Subject: eess
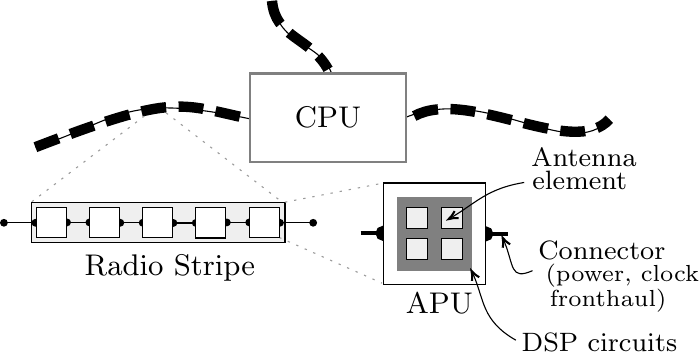
LaTeX code:
\begin{tikzpicture}[x=0.75pt,y=0.75pt,yscale=-1,xscale=1]

\draw [line width=1.5]    (349.1,145.25) -- (359.85,145.25) ;
\draw [shift={(349.1,145.25)}, rotate = 0] [color={rgb, 255:red, 0; green, 0; blue, 0 }  ][fill={rgb, 255:red, 0; green, 0; blue, 0 }  ][line width=1.5]      (0, 0) circle [x radius= 2.61, y radius= 2.61]   ;
\draw [line width=1.5]    (288.85,145) -- (299.6,145) ;
\draw [shift={(299.6,145)}, rotate = 0] [color={rgb, 255:red, 0; green, 0; blue, 0 }  ][fill={rgb, 255:red, 0; green, 0; blue, 0 }  ][line width=1.5]      (0, 0) circle [x radius= 2.61, y radius= 2.61]   ;
\draw  [fill={rgb, 255:red, 255; green, 255; blue, 255 }  ,fill opacity=1 ] (299.85,120.75) -- (348.85,120.75) -- (348.85,169.75) -- (299.85,169.75) -- cycle ;
\draw  [draw opacity=0][fill={rgb, 255:red, 128; green, 128; blue, 128 }  ,fill opacity=1 ] (306.48,127.38) -- (342.23,127.38) -- (342.23,163.13) -- (306.48,163.13) -- cycle ;
\draw [line width=3.75]  [dash pattern={on 9pt off 4.5pt}]  (132.1,103.5) .. controls (202.1,76.5) and (201.1,83) .. (238.6,90.5) ;
\draw    (132.1,103.5) .. controls (174.1,90) and (173.6,76.5) .. (238.6,90.5) ;
\draw    (308.6,90) .. controls (348.1,71.5) and (389.6,112) .. (408.6,90) ;
\draw [line width=3.75]  [dash pattern={on 9pt off 4.5pt}]  (314.6,88.5) .. controls (340.6,74.5) and (391.6,109.5) .. (408.6,90) ;
\draw    (246.1,33) .. controls (249.6,56.5) and (271.1,52) .. (275.6,70.5) ;
\draw [line width=3.75]  [dash pattern={on 9pt off 4.5pt}]  (246.1,33) .. controls (247.6,51) and (264.6,50.5) .. (273.1,66) ;
\draw  [color={rgb, 255:red, 128; green, 128; blue, 128 }  ,draw opacity=1 ][fill={rgb, 255:red, 255; green, 255; blue, 255 }  ,fill opacity=1 ][line width=0.75]  (235.6,68) -- (310.6,68) -- (310.6,110.5) -- (235.6,110.5) -- cycle ;
\draw [color={rgb, 255:red, 155; green, 155; blue, 155 }  ,draw opacity=1 ] [dash pattern={on 0.84pt off 2.51pt}]  (195.1,87) -- (252.35,131) ;
\draw [color={rgb, 255:red, 155; green, 155; blue, 155 }  ,draw opacity=1 ] [dash pattern={on 0.84pt off 2.51pt}]  (184.6,88.5) -- (130.1,130) ;
\draw  [fill={rgb, 255:red, 239; green, 239; blue, 239 }  ,fill opacity=1 ] (130.1,130) -- (252.35,130) -- (252.35,149.5) -- (130.1,149.5) -- cycle ;
\draw    (147.35,139.75) -- (158.1,139.75) ;
\draw [shift={(158.1,139.75)}, rotate = 0] [color={rgb, 255:red, 0; green, 0; blue, 0 }  ][fill={rgb, 255:red, 0; green, 0; blue, 0 }  ][line width=0.75]      (0, 0) circle [x radius= 1.34, y radius= 1.34]   ;
\draw [shift={(147.35,139.75)}, rotate = 0] [color={rgb, 255:red, 0; green, 0; blue, 0 }  ][fill={rgb, 255:red, 0; green, 0; blue, 0 }  ][line width=0.75]      (0, 0) circle [x radius= 1.34, y radius= 1.34]   ;
\draw    (173.02,139.92) -- (183.77,139.92) ;
\draw [shift={(183.77,139.92)}, rotate = 0] [color={rgb, 255:red, 0; green, 0; blue, 0 }  ][fill={rgb, 255:red, 0; green, 0; blue, 0 }  ][line width=0.75]      (0, 0) circle [x radius= 1.34, y radius= 1.34]   ;
\draw [shift={(173.02,139.92)}, rotate = 0] [color={rgb, 255:red, 0; green, 0; blue, 0 }  ][fill={rgb, 255:red, 0; green, 0; blue, 0 }  ][line width=0.75]      (0, 0) circle [x radius= 1.34, y radius= 1.34]   ;
\draw    (198.6,140) -- (209.35,140) ;
\draw [shift={(209.35,140)}, rotate = 0] [color={rgb, 255:red, 0; green, 0; blue, 0 }  ][fill={rgb, 255:red, 0; green, 0; blue, 0 }  ][line width=0.75]      (0, 0) circle [x radius= 1.34, y radius= 1.34]   ;
\draw [shift={(198.6,140)}, rotate = 0] [color={rgb, 255:red, 0; green, 0; blue, 0 }  ][fill={rgb, 255:red, 0; green, 0; blue, 0 }  ][line width=0.75]      (0, 0) circle [x radius= 1.34, y radius= 1.34]   ;
\draw    (224.35,139.75) -- (235.1,139.75) ;
\draw [shift={(235.1,139.75)}, rotate = 0] [color={rgb, 255:red, 0; green, 0; blue, 0 }  ][fill={rgb, 255:red, 0; green, 0; blue, 0 }  ][line width=0.75]      (0, 0) circle [x radius= 1.34, y radius= 1.34]   ;
\draw [shift={(224.35,139.75)}, rotate = 0] [color={rgb, 255:red, 0; green, 0; blue, 0 }  ][fill={rgb, 255:red, 0; green, 0; blue, 0 }  ][line width=0.75]      (0, 0) circle [x radius= 1.34, y radius= 1.34]   ;
\draw [color={rgb, 255:red, 155; green, 155; blue, 155 }  ,draw opacity=1 ] [dash pattern={on 0.84pt off 2.51pt}]  (252.35,130) -- (299.85,120.75) ;
\draw [color={rgb, 255:red, 155; green, 155; blue, 155 }  ,draw opacity=1 ] [dash pattern={on 0.84pt off 2.51pt}]  (249.6,147) -- (299.1,169) ;
\draw  [fill={rgb, 255:red, 239; green, 239; blue, 239 }  ,fill opacity=1 ] (327.6,132.5) -- (337.85,132.5) -- (337.85,142.75) -- (327.6,142.75) -- cycle ;
\draw  [fill={rgb, 255:red, 239; green, 239; blue, 239 }  ,fill opacity=1 ] (327.6,147.5) -- (337.85,147.5) -- (337.85,157.75) -- (327.6,157.75) -- cycle ;
\draw  [fill={rgb, 255:red, 239; green, 239; blue, 239 }  ,fill opacity=1 ] (310.85,132.5) -- (321.1,132.5) -- (321.1,142.75) -- (310.85,142.75) -- cycle ;
\draw  [fill={rgb, 255:red, 239; green, 239; blue, 239 }  ,fill opacity=1 ] (310.85,147.5) -- (321.1,147.5) -- (321.1,157.75) -- (310.85,157.75) -- cycle ;
\draw    (367.6,120.5) .. controls (349.93,123.37) and (344.35,130.33) .. (332.89,137.16) ;
\draw [shift={(331.23,138.13)}, rotate = 330.56] [color={rgb, 255:red, 0; green, 0; blue, 0 }  ][line width=0.75]    (4.37,-1.96) .. controls (2.78,-0.92) and (1.32,-0.27) .. (0,0) .. controls (1.32,0.27) and (2.78,0.92) .. (4.37,1.96)   ;
\draw  [fill={rgb, 255:red, 255; green, 255; blue, 255 }  ,fill opacity=1 ] (158.1,132.5) -- (172.6,132.5) -- (172.6,147) -- (158.1,147) -- cycle ;
\draw  [fill={rgb, 255:red, 255; green, 255; blue, 255 }  ,fill opacity=1 ] (183.77,132.67) -- (198.27,132.67) -- (198.27,147.17) -- (183.77,147.17) -- cycle ;
\draw  [fill={rgb, 255:red, 255; green, 255; blue, 255 }  ,fill opacity=1 ] (209.35,132.75) -- (223.85,132.75) -- (223.85,147.25) -- (209.35,147.25) -- cycle ;
\draw [color={rgb, 255:red, 0; green, 0; blue, 0 }  ,draw opacity=1 ]   (371.6,163) .. controls (360.62,167.78) and (362.77,160.51) .. (357.95,148.81) ;
\draw [shift={(357.23,147.13)}, rotate = 65.5] [color={rgb, 255:red, 0; green, 0; blue, 0 }  ,draw opacity=1 ][line width=0.75]    (4.37,-1.96) .. controls (2.78,-0.92) and (1.32,-0.27) .. (0,0) .. controls (1.32,0.27) and (2.78,0.92) .. (4.37,1.96)   ;
\draw    (363.6,196.5) .. controls (346.89,186.95) and (348.42,176.76) .. (343.03,164.82) ;
\draw [shift={(342.23,163.13)}, rotate = 63.3] [color={rgb, 255:red, 0; green, 0; blue, 0 }  ][line width=0.75]    (4.37,-1.96) .. controls (2.78,-0.92) and (1.32,-0.27) .. (0,0) .. controls (1.32,0.27) and (2.78,0.92) .. (4.37,1.96)   ;
\draw    (116.93,139.92) -- (132.1,139.92) ;
\draw [shift={(132.1,139.92)}, rotate = 0] [color={rgb, 255:red, 0; green, 0; blue, 0 }  ][fill={rgb, 255:red, 0; green, 0; blue, 0 }  ][line width=0.75]      (0, 0) circle [x radius= 1.34, y radius= 1.34]   ;
\draw [shift={(116.93,139.92)}, rotate = 0] [color={rgb, 255:red, 0; green, 0; blue, 0 }  ][fill={rgb, 255:red, 0; green, 0; blue, 0 }  ][line width=0.75]      (0, 0) circle [x radius= 1.34, y radius= 1.34]   ;
\draw  [fill={rgb, 255:red, 255; green, 255; blue, 255 }  ,fill opacity=1 ] (132.6,132.5) -- (147.1,132.5) -- (147.1,147) -- (132.6,147) -- cycle ;
\draw    (249.93,139.92) -- (265.93,139.92) ;
\draw [shift={(265.93,139.92)}, rotate = 0] [color={rgb, 255:red, 0; green, 0; blue, 0 }  ][fill={rgb, 255:red, 0; green, 0; blue, 0 }  ][line width=0.75]      (0, 0) circle [x radius= 1.34, y radius= 1.34]   ;
\draw [shift={(249.93,139.92)}, rotate = 0] [color={rgb, 255:red, 0; green, 0; blue, 0 }  ][fill={rgb, 255:red, 0; green, 0; blue, 0 }  ][line width=0.75]      (0, 0) circle [x radius= 1.34, y radius= 1.34]   ;
\draw  [fill={rgb, 255:red, 255; green, 255; blue, 255 }  ,fill opacity=1 ] (235.1,132.5) -- (249.6,132.5) -- (249.6,147) -- (235.1,147) -- cycle ;

\draw (154.3,154) node [anchor=north west][inner sep=0.75pt]  [font=\small,xscale=1.2,yscale=1.2] [align=left] {Radio Stripe};
\draw (309.1,172.5) node [anchor=north west][inner sep=0.75pt]  [font=\small,xscale=1.2,yscale=1.2] [align=left] {APU};
\draw (369.6,102.5) node [anchor=north west][inner sep=0.75pt]  [font=\footnotesize,xscale=1.2,yscale=1.2] [align=left] {Antenna};
\draw (405.01,153.19) node  [font=\footnotesize,xscale=1.2,yscale=1.2] [align=left] {Connector};
\draw (364.9,191.5) node [anchor=north west][inner sep=0.75pt]  [font=\footnotesize,xscale=1.2,yscale=1.2] [align=left] {DSP circuits};
\draw (370,113.7) node [anchor=north west][inner sep=0.75pt]  [font=\footnotesize,xscale=1.2,yscale=1.2] [align=left] {element};
\draw (376.4,158.5) node [anchor=north west][inner sep=0.75pt]  [font=\scriptsize,xscale=1.2,yscale=1.2] [align=left] {(power, clock};
\draw (378.4,170.5) node [anchor=north west][inner sep=0.75pt]  [font=\scriptsize,xscale=1.2,yscale=1.2] [align=left] {fronthaul)};
\draw (273.1,89.25) node  [font=\small,xscale=1.2,yscale=1.2] [align=left] {CPU};

\end{tikzpicture}